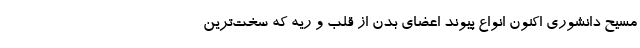
مسیح دانشوری اکنون انواع پیوند اعضای بدن از قلب و ریه که سخت‌ترین